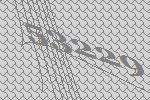
53229